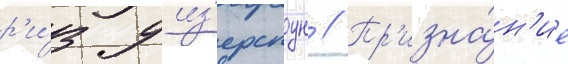
р'и́з уиз'ерспун // Пр'изна́н'ие